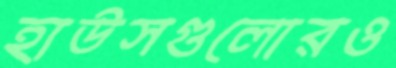
হাউসগুলোরও